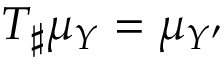
T _ { \sharp } \mu _ { Y } = \mu _ { Y ^ { \prime } }